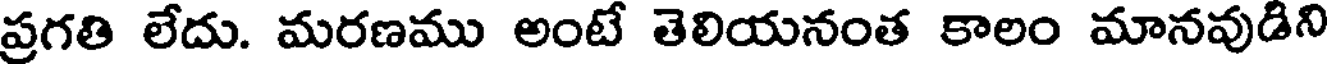
ప్రగతి లేదు. మరణము అంటే తెలియనంత కాలం మానవుడిని